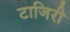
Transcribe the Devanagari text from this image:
टाजिरी